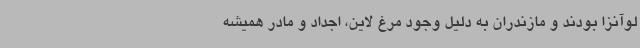
لوآنزا بودند و مازندران به دلیل وجود مرغ لاین، اجداد و مادر همیشه